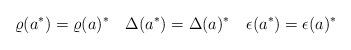
LaTeX: \begin{align*}\varrho(a^\ast)=\varrho(a)^\ast \quad \Delta(a^\ast)=\Delta(a)^\ast\quad \epsilon(a^\ast)=\epsilon(a)^\ast\end{align*}